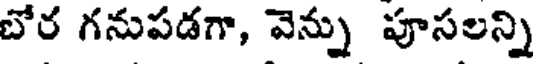
బోర గనుపడగా, వెన్ను పూసలన్ని